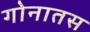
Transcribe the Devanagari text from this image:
गोनातस